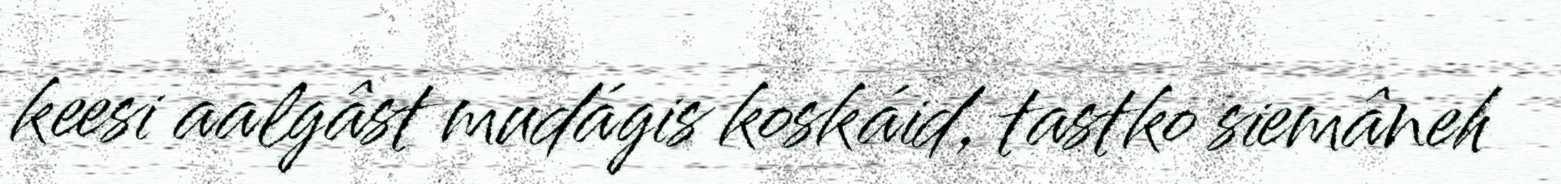
keesi aalgâst mudágis koskáid, tastko siemâneh